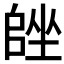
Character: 𡏩